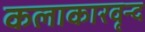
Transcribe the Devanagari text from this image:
कलाकारवृन्द